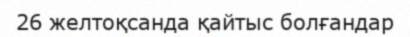
26 желтоқсанда қайтыс болғандар